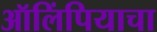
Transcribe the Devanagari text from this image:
ऑलिंपियाचा